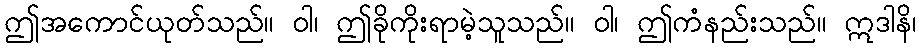
ဤအကောင်ယုတ်သည်။ ဝါ၊ ဤခိုကိုးရာမဲ့သူသည်။ ဝါ၊ ဤကံနည်းသည်။ ဣဒါနိ၊